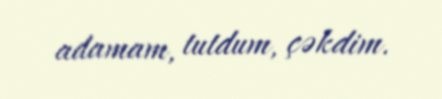
adamam, tutdum, çəkdim.